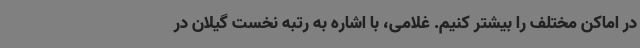
در اماکن مختلف را بیشتر کنیم. غلامی، با اشاره به رتبه نخست گیلان در